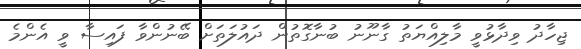
ޖިހާދު ވިދާޅުވީ މާލިއްޔަތު ގާނޫނު ބުނާގޮތުން ދައުލަތަށް ބޭނުންވާ ފައިސާ ވީ އެންމެ